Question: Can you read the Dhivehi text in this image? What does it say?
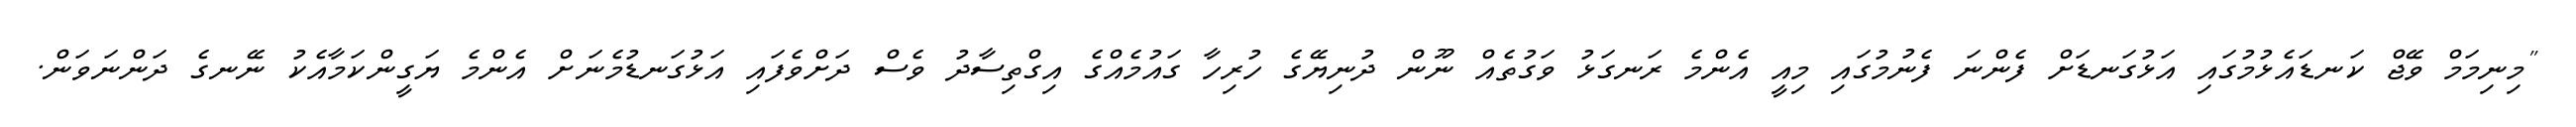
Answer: "މިނިމަމް ވޭޖް ކަނޑައެޅުމުގައި އަޅުގަނޑަށް ފެންނަ ފެނުމުގައި މިއީ އެންމެ ރަނގަޅު ވަގުތެއް ނޫން ދުނިޔޭގެ ހުރިހާ ގައުމެއްގެ އިގްތިސާދު ވެސް ދަށްވެފައި އަޅުގަނޑުމެނަށް އެންމެ ޔަގީންކަމާއެކު ނޭނގެ ދަންނަވަން.